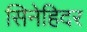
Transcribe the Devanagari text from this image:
सिनेहिदर